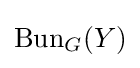
\operatorname {Bun} _{G}(Y)